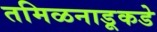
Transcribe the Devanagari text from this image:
तमिळनाडूकडे